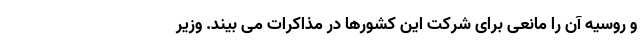
و روسیه آن را مانعی برای شرکت این کشورها در مذاکرات می بیند. وزیر